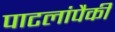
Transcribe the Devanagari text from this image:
पाटलांपैकी